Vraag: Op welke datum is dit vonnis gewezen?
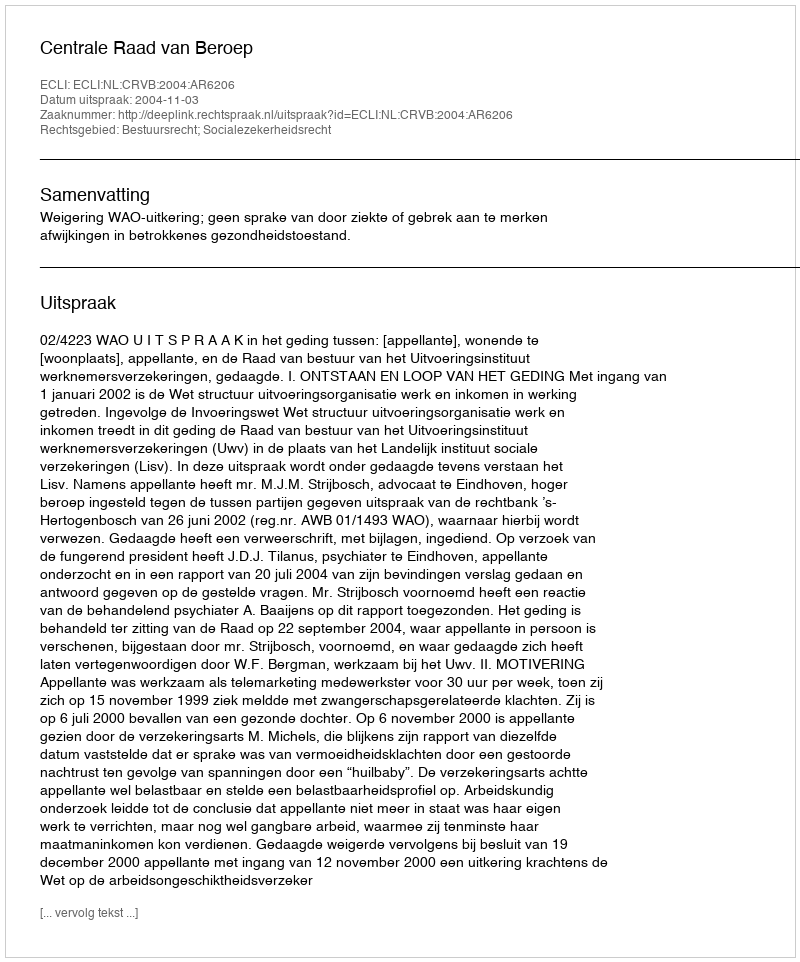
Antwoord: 2004-11-03